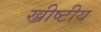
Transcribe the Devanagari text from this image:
ख्रीष्टीय